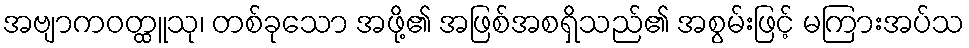
အဗျာကဝတ္ထူသု၊ တစ်ခုသော အဖို့၏ အဖြစ်အစရှိသည်၏ အစွမ်းဖြင့် မကြားအပ်သ